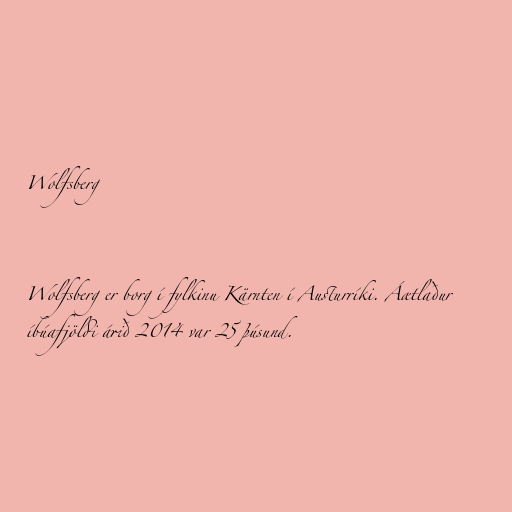
Wolfsberg

Wolfsberg er borg í fylkinu Kärnten í Austurríki. Áætlaður
íbúafjöldi árið 2014 var 25 þúsund.